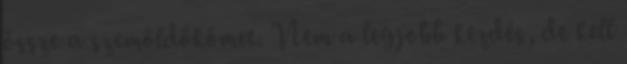
össze a szemöldökömet. Nem a legjobb kezdés, de kell